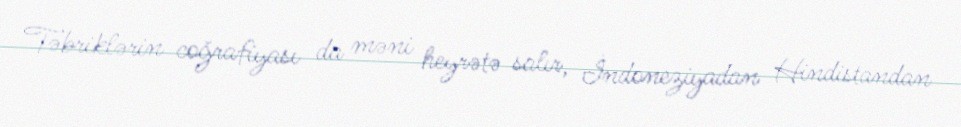
Təbriklərin coğrafiyası da məni heyrətə salır, İndoneziyadan Hindistandan